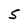
Character: S